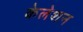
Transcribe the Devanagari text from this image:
केलेशन